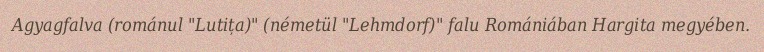
Agyagfalva (románul "Lutița)" (németül "Lehmdorf)" falu Romániában Hargita megyében.